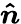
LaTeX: \boldsymbol{\hat{n}}